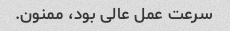
سرعت عمل عالی بود، ممنون.